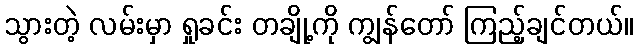
သွားတဲ့ လမ်းမှာ ရှုခင်း တချို့ကို ကျွန်တော် ကြည့်ချင်တယ်။